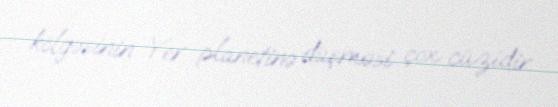
kölgəsinin Yer planetinə düşməsi çox cüzidir.